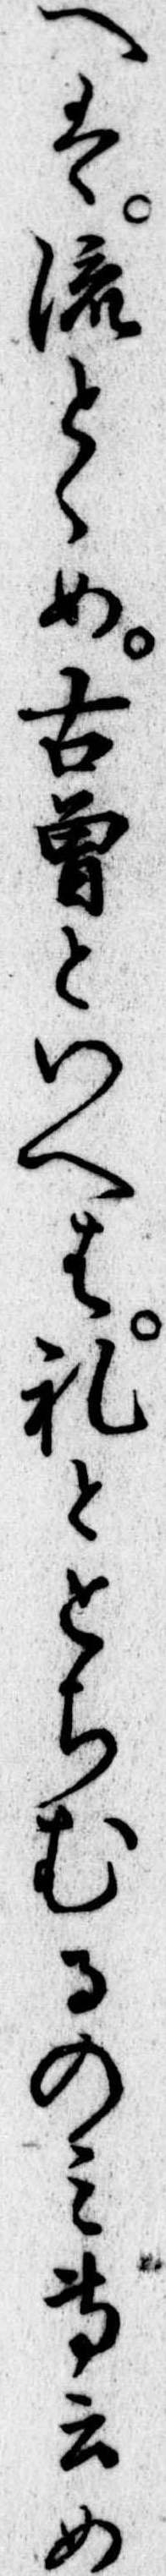
へは流とめ古曽といへは礼ととちむるのみ専云め